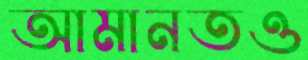
আমানতও